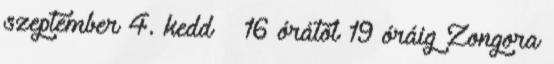
szeptember 4. kedd – 16 órától 19 óráig Zongora